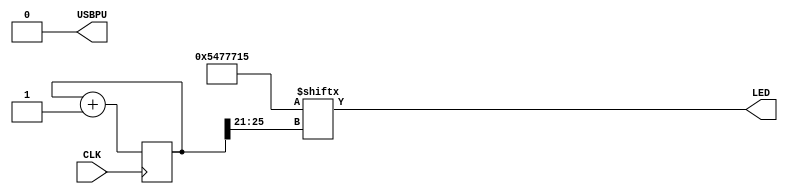
// This program was cloned from: https://github.com/sam210723/fpga
// License: MIT License

module top (
  input CLK,    // 16 MHz Global Clock
  output LED,   // On-board LED
  output USBPU  // USB Pull-up Resistor
);

  // Disable USB
  assign USBPU = 0;

  reg [25:0] blink_counter;
  wire [31:0] blink_pattern = 32'b101010001110111011100010101;

  always @(posedge CLK) begin
    blink_counter <= blink_counter + 1;
  end

  assign LED = blink_pattern[blink_counter[25:21]];
endmodule